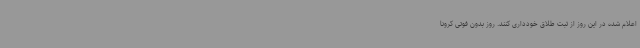
اعلام شده در این روز از ثبت طلاق خودداری کنند. روز بدون فوتی کرونا